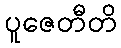
ပူဇေတီတိ